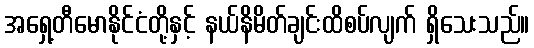
အရှေ့တီမောနိုင်ငံတို့နှင့် နယ်နိမိတ်ချင်းထိစပ်လျက် ရှိသေးသည်။